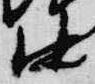
中